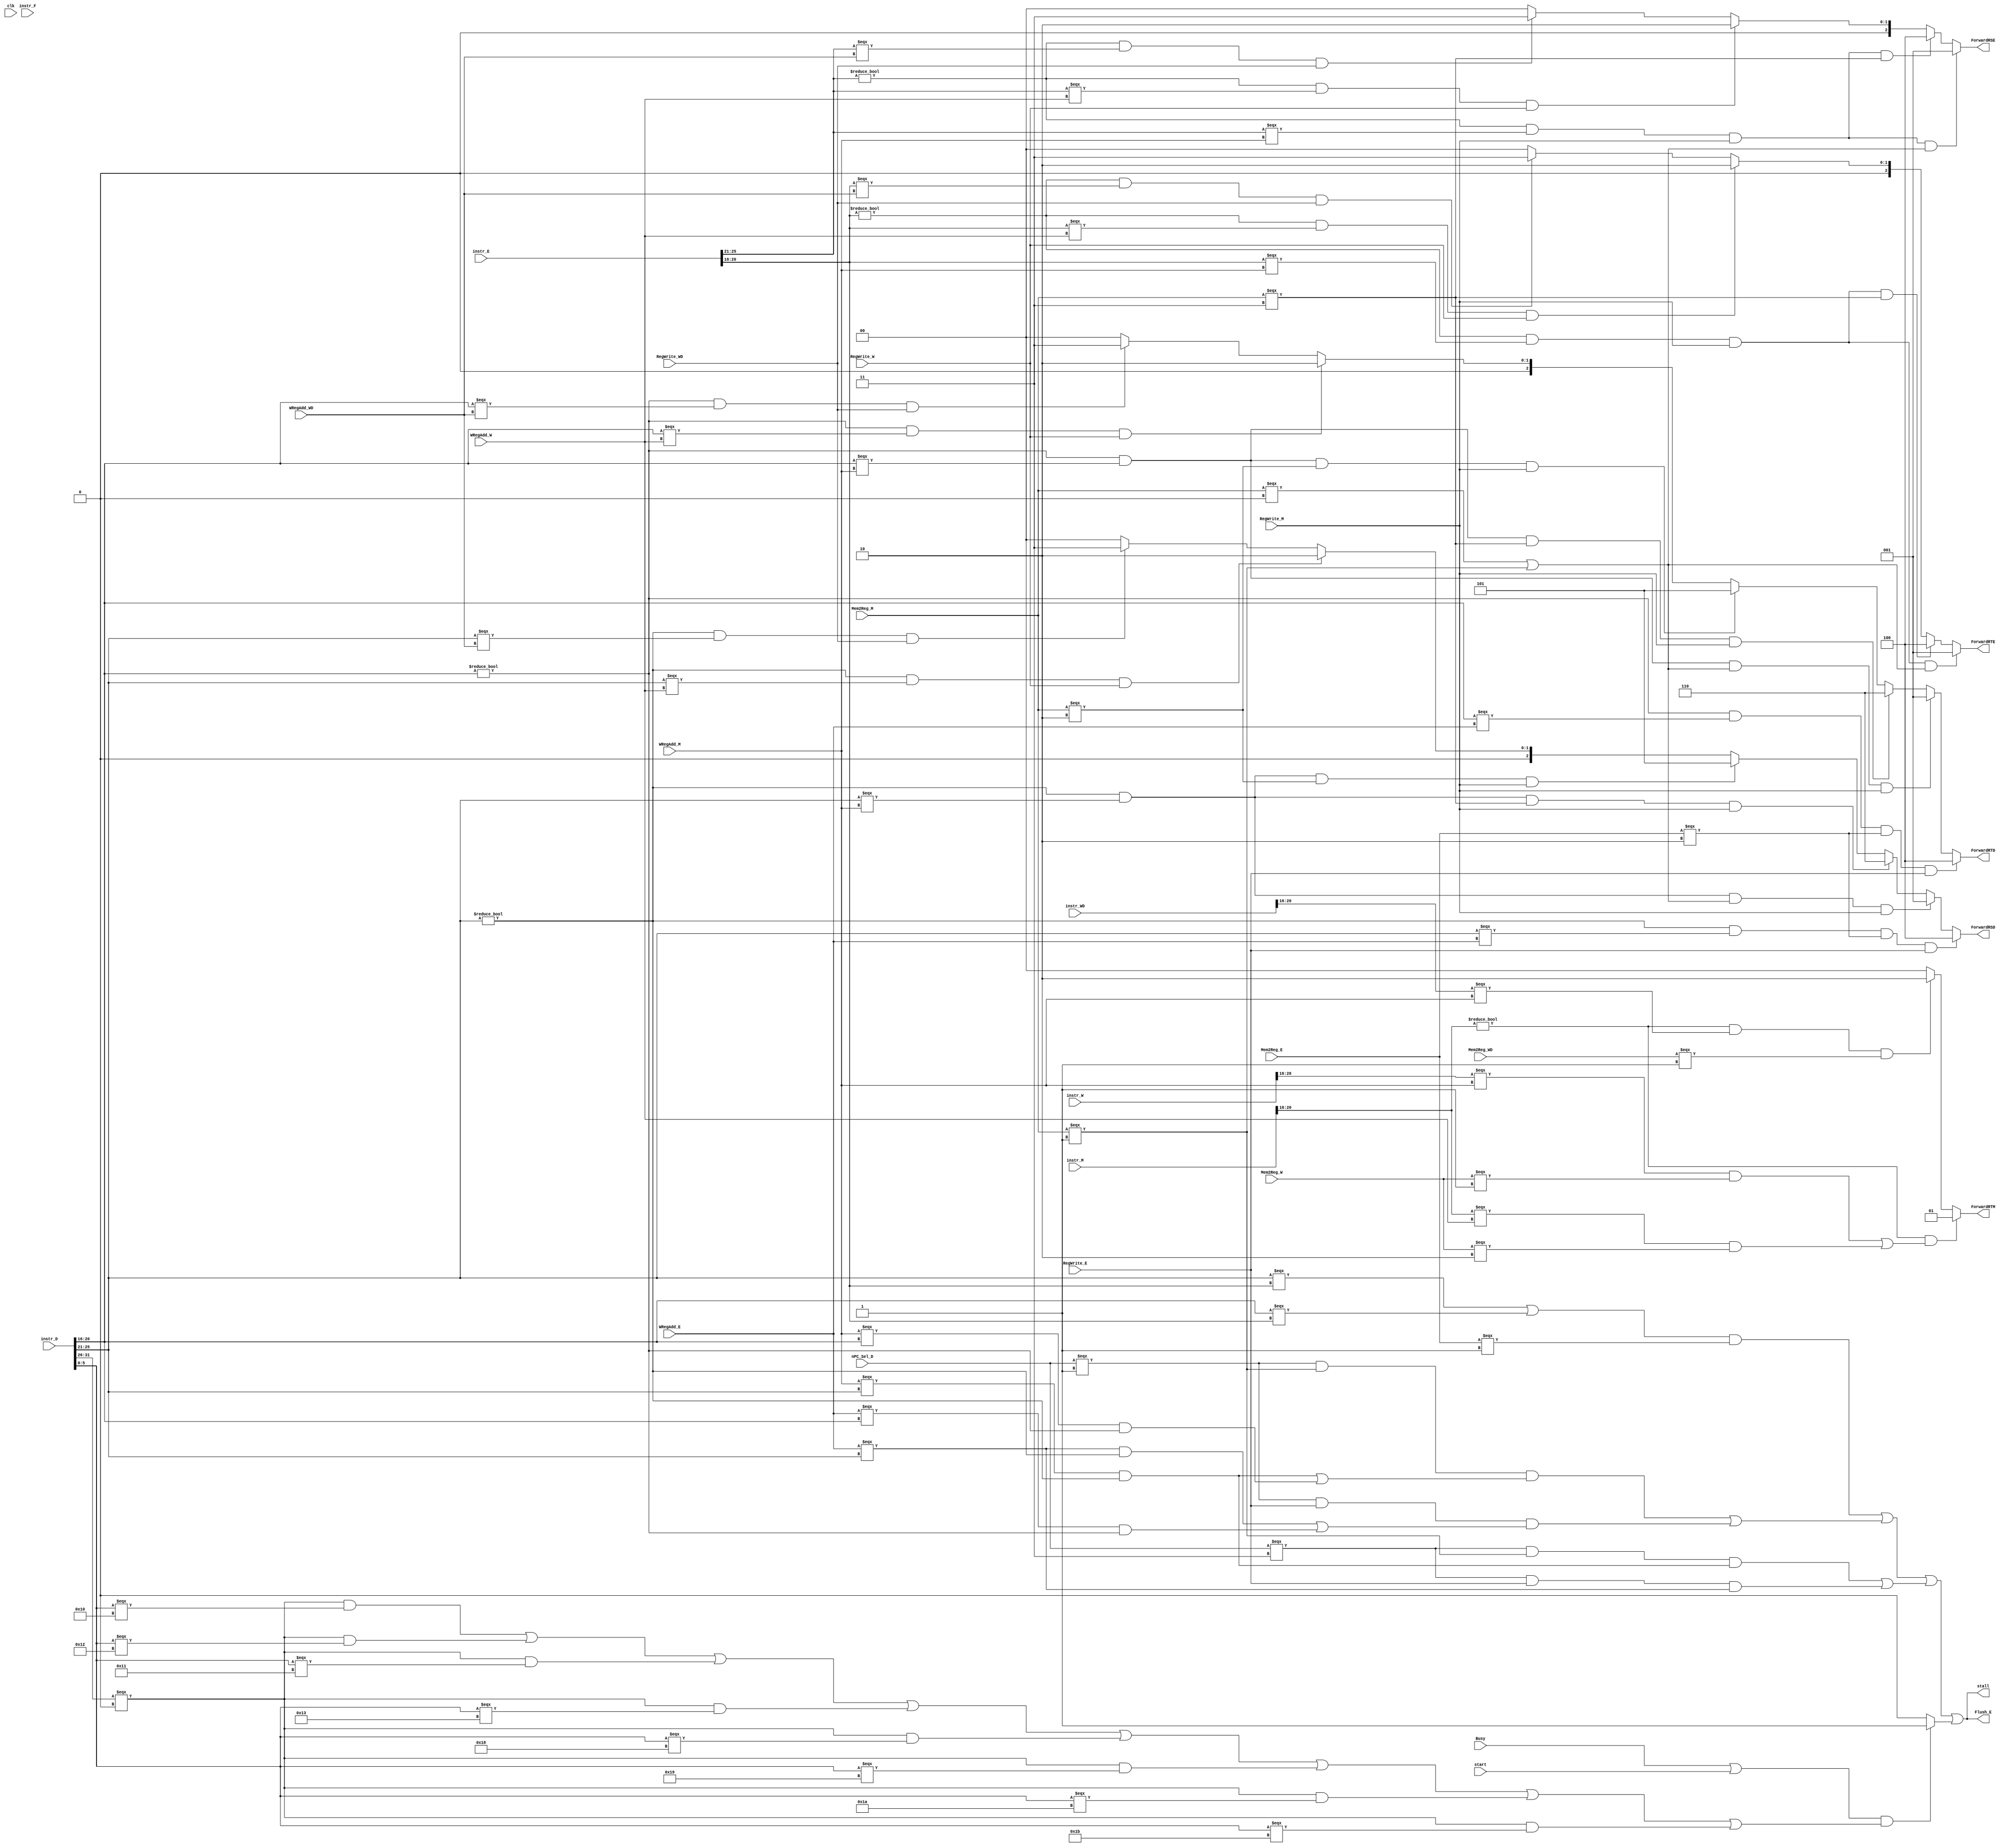
`timescale 1ns / 1ps
//////////////////////////////////////////////////////////////////////////////////
// Company: 
// Engineer: 
// 
// Design Name: 
// Module Name:    Conflict 
// Project Name: 
// Target Devices: 
// Tool versions: 
// Description: 
//
// Dependencies: 
//
// Revision: 
// Revision 0.01 - File Created
// Additional Comments: 
//
//////////////////////////////////////////////////////////////////////////////////
`define op 31:26
`define funct 5:0
`define rs 25:21
`define rt 20:16
`define rd 15:11
`define beq 6'b000100
`define cal_r 6'b000000
`define ori 6'b001101
`define lui 6'b001111
`define sw 6'b101011
`define lw 6'b100011
`define j 6'b000010
`define jal 6'b000011
`define jr_f 6'b001000

`define MFLO instr_D[31:26] === 6'b000000 && instr_D[5:0] === 6'b010010
`define MFHI instr_D[31:26] === 6'b000000 && instr_D[5:0] === 6'b010000
`define MTHI instr_D[31:26] === 6'b000000 && instr_D[5:0] === 6'b010001
`define MTLO instr_D[31:26] === 6'b000000 && instr_D[5:0] === 6'b010011
`define MULT instr_D[31:26] === 6'b000000 && instr_D[5:0] === 6'b011000
`define MULTU instr_D[31:26] === 6'b000000 && instr_D[5:0] === 6'b011001
`define DIV instr_D[31:26] === 6'b000000 && instr_D[5:0] === 6'b011010
`define DIVU instr_D[31:26] === 6'b000000 && instr_D[5:0] === 6'b011011


module Conflict(
	 input clk,
	 input Busy,
	 input start,
	 input RegWrite_E,
	 input RegWrite_M,
	 input RegWrite_W,
	 input RegWrite_WD,
	 input [1:0] nPC_Sel_D,
	 input [1:0] Mem2Reg_E,
	 input [1:0] Mem2Reg_M,
	 input [1:0] Mem2Reg_W,
	 input [1:0] Mem2Reg_WD,
	 input [4:0] WRegAdd_E,
	 input [4:0] WRegAdd_M,
	 input [4:0] WRegAdd_W,
	 input [4:0] WRegAdd_WD,
	 input [31:0] instr_F,
	 input [31:0] instr_D,
	 input [31:0] instr_E,
	 input [31:0] instr_M,
	 input [31:0] instr_W,
	 input [31:0] instr_WD,
	 output [2:0] ForwardRSD,
	 output [2:0] ForwardRTD,
	 output [2:0] ForwardRSE,
	 output [2:0] ForwardRTE,
	 output [1:0] ForwardRTM,
	 output stall,
	 //output MDstall,
	 output Flush_E
    );
	 
	 wire loadstall,bstall,jrstall,MDstall;
	 
	 assign stall = loadstall | bstall | jrstall | MDstall;
	 assign Flush_E = stall;
	 assign loadstall = (((instr_D[`rs] === instr_E[`rt])||(instr_D[`rt]===instr_E[`rt]))&&(Mem2Reg_E===1));
	 assign bstall = ((nPC_Sel_D===1)&&(Mem2Reg_M===1)&&((WRegAdd_M===instr_D[`rs] && instr_D[`rs] != 0)||(WRegAdd_M===instr_D[`rt] && instr_D[`rt] != 0))) ||
							 ((nPC_Sel_D===1)&&(RegWrite_E)&&((WRegAdd_E===instr_D[`rs] && instr_D[`rs] != 0)||(WRegAdd_E===instr_D[`rt] && instr_D[`rt] != 0)));
	 assign jrstall = ((nPC_Sel_D===3)&&(Mem2Reg_M===1)&&(WRegAdd_M===instr_D[`rs] && instr_D[`rs] != 0)) ||
							((nPC_Sel_D===3)&&(RegWrite_E)&&(WRegAdd_E===instr_D[`rs]));
	 assign MDstall = ((Busy || start) && (`MFHI || `MFLO || `MTHI || `MTLO || `MULT || `MULTU || `DIV || `DIVU))?1:0;
	 
	 assign ForwardRSD = ((instr_D[`rs]!=5'b0)&&(instr_D[`rs]===WRegAdd_E)&&(Mem2Reg_E===2)&&RegWrite_E)?4:
								((instr_D[`rs]!=5'b0)&&(instr_D[`rs]===WRegAdd_M)&&(Mem2Reg_M===0 || Mem2Reg_M===1)&&RegWrite_M)?1:
								((instr_D[`rs]!=5'b0)&&(instr_D[`rs]===WRegAdd_M)&&(Mem2Reg_M===3)&&RegWrite_M)?6:
								((instr_D[`rs]!=5'b0)&&(instr_D[`rs]===WRegAdd_M)&&(Mem2Reg_M===2)&&(RegWrite_M))?5:
								((instr_D[`rs]!=5'b0)&&(instr_D[`rs]===WRegAdd_W)&&RegWrite_W)?2:
								((instr_D[`rs]!=5'b0)&&(instr_D[`rs]===WRegAdd_WD)&&RegWrite_WD)?3:0;
								
	 assign ForwardRTD = ((instr_D[`rt]!=5'b0)&&(instr_D[`rt]===WRegAdd_E)&&(Mem2Reg_E===2)&&RegWrite_E)?4:
								((instr_D[`rt]!=5'b0)&&(instr_D[`rt]===WRegAdd_M)&&(Mem2Reg_M===0 || Mem2Reg_M===1)&&RegWrite_M)?1:
								((instr_D[`rt]!=5'b0)&&(instr_D[`rt]===WRegAdd_M)&&(Mem2Reg_M===3)&&RegWrite_M)?6:
								((instr_D[`rt]!=5'b0)&&(instr_D[`rt]===WRegAdd_M)&&(Mem2Reg_M===2)&&(RegWrite_M))?5:
								((instr_D[`rt]!=5'b0)&&(instr_D[`rt]===WRegAdd_W)&&RegWrite_W)?2:
								((instr_D[`rt]!=5'b0)&&(instr_D[`rt]===WRegAdd_WD)&&RegWrite_WD)?3:0;
								
	 assign ForwardRSE = ((instr_E[`rs]!=5'b0)&&(instr_E[`rs]===WRegAdd_M)&&RegWrite_M&&(Mem2Reg_M===0 || Mem2Reg_M===1))?1:
								((instr_E[`rs]!=5'b0)&&(instr_E[`rs]===WRegAdd_M)&&RegWrite_M&&(Mem2Reg_M===3))?4:
								((instr_E[`rs]!=5'b0)&&(instr_E[`rs]===WRegAdd_W)&&RegWrite_W)?2:
								((instr_E[`rs]!=5'b0)&&(instr_E[`rs]===WRegAdd_WD)&&RegWrite_WD)?3:0;
	 
	 assign ForwardRTE = ((instr_E[`rt]!=5'b0)&&(instr_E[`rt]===WRegAdd_M)&&RegWrite_M&&(Mem2Reg_M===0 || Mem2Reg_M===1))?1:
								((instr_E[`rt]!=5'b0)&&(instr_E[`rt]===WRegAdd_M)&&RegWrite_M&&(Mem2Reg_M===3))?4:
								((instr_E[`rt]!=5'b0)&&(instr_E[`rt]===WRegAdd_W)&&RegWrite_W)?2:
								((instr_E[`rt]!=5'b0)&&(instr_E[`rt]===WRegAdd_WD)&&RegWrite_WD)?3:0;
		
	 assign ForwardRTM = ((instr_M[`rt]!=5'b0)&&(((instr_W[`rt]===WRegAdd_M)&&(Mem2Reg_W===1))||((instr_M[`rt]===WRegAdd_W)&&(Mem2Reg_W===2))))?1:
								((instr_M[`rt]!=5'b0)&&(instr_WD[`rt]===WRegAdd_M)&&(Mem2Reg_WD===1))?2:0;

endmodule